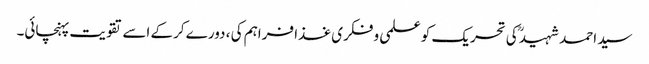
سید احمد شہیدؒ کی تحریک کو علمی و فکری غذا فراہم کی ، دورے کرکے اسے تقویت پہنچائی۔